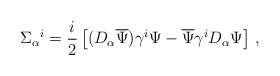
\begin{align*} \Sigma_\alpha{}^i= \frac{i}{2} \left[(D_\alpha\overline{\Psi}) \gamma^i\Psi - \overline{\Psi} \gamma^i D_\alpha\Psi \right]\, ,\end{align*}